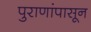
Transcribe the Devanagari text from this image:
पुराणांपासून